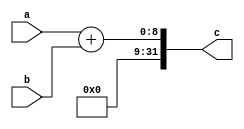
module adder(
    input [7:0] a,
    input [7:0] b,
    output reg [31:0] c);

always@*
begin
    c = a + b;
end
endmodule